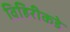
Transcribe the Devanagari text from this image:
विहिरीकडे